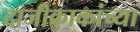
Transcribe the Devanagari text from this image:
दाजीकाकांच्या